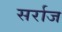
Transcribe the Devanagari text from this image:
सर्राज